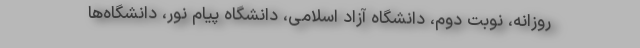
روزانه، نوبت دوم، دانشگاه آزاد اسلامی، دانشگاه پیام نور، دانشگاه‌ها